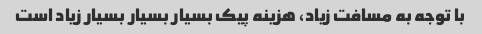
با توجه به مسافت زیاد، هزینه پیک بسیار بسیار بسیار زیاد است